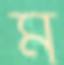
ম